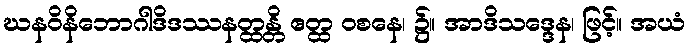
ဃနဝိနိဘောဂါဒိဒဿနတ္ထန္တိ ဧတ္ထ ဝစနေ၊ ၌။ အာဒိသဒ္ဒေန၊ ဖြင့်။ အယံ